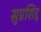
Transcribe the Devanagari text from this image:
सुप्रशिद्द